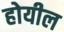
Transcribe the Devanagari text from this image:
होयील